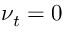
\nu _ { t } = 0